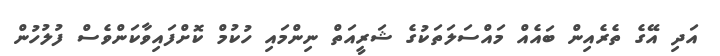
އަދި އޭގެ ތެރެއިން ބައެއް މައްސަލަތަކުގެ ޝަރީއަތް ނިންމައި ހުކުމް ކޮށްފައިވާކަންވެސް ފުލުހުން